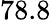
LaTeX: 78.8